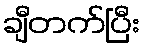
ချီတက်ပြီး